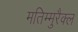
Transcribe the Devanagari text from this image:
मतिम्मुरैक्ल